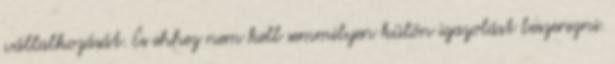
vállalkozását. És ehhez nem kell semmilyen külön igazolást beszerezni.